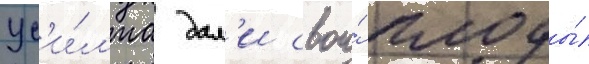
ус'и́л'иа дал'и свои́ плоды́